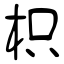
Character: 枳